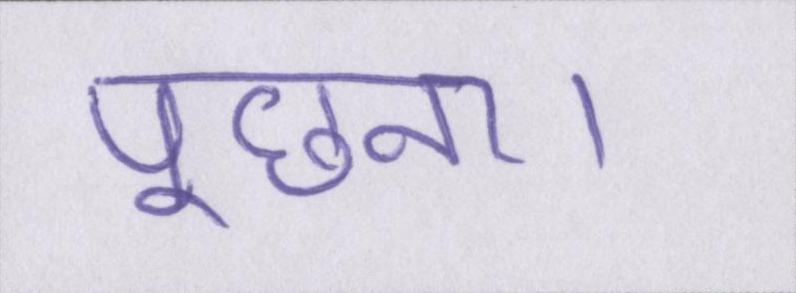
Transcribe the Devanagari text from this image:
पूछना।